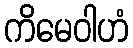
ကိမေဝါဟံ